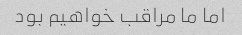
اما ما مراقب خواهیم بود